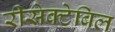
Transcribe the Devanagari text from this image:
रीसेक्टेबिल